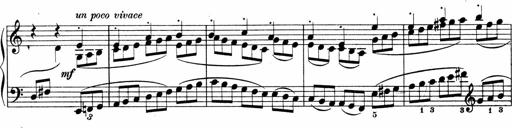
Title: Sonatina No.4
Composer: Abram Kimmell
Key: E minor